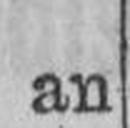
an